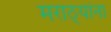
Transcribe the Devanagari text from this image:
मराठ्‍यांना